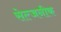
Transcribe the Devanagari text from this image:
सेल्जनीक